system: You are a helpful assistant.
user:
Analyze the provided spectrum to determine if it is a **M-type Giant (gM)**.

A M-type Giant spectrum is defined by its **strong molecular absorption** features, particularly from **Titanium Oxide (TiO)**. You must check for one of the following mutually exclusive signatures:

- **Key Visual Indicators (Absorption-Dominated Spectrum):**

    - **(Primary):** The spectrum is dominated by strong molecular absorption from **Titanium Oxide (TiO)**. This is the **defining feature** of its M-type temperature class.
        - **(Key Bandheads):** Look for sharp, "saw-tooth" absorption valleys. The strongest are located near **~7050 Å**, **~6160 Å**, and **~5170 Å**.
        - **(Line Profile):** The "saw-tooth" morphology is critical: a **sharp, steep drop on the BLUE (short-wavelength) side** of the bandhead, followed by a gradual recovery (rising flux) towards the RED (long-wavelength) side.

    - **(Key Confirmation - Giant vs. Dwarf):** **ABSENCE** of strong **Calcium Hydride (CaH)** molecular bands. This is the primary diagnostic for *excluding* M-dwarfs.
        - **(Key Region):** The spectrum should lack the strong, broad absorption band seen in dwarfs between **~6800 Å and ~7000 Å**.

    - **(Secondary Confirmation - Giant):** A very strong and broad **Neutral Calcium (Ca I)** atomic absorption line.
        - **(Key Line):** Located at **~4226 Å**. In a giant (gM), this line is significantly deeper and broader than the same line in an M-dwarf (dM) due to low surface gravity.

    - **(Overall Spectrum):**
        - The continuum is **extremely red-sloping** (i.e., flux is very low in the blue and rises dramatically towards the red).
        - The entire spectrum appears "chopped up" by the deep TiO bands.

Think first, call **spectral_visualization_tool** if needed to examine features in detail, then provide your final answer. Your response must adhere to the following strict rules:
1.  **Overall Structure:** Your response must follow the format `<think>...</think> <tool_call>...</tool_call> (if a tool is used) <answer>...</answer>`.
2.  **Tool Usage Constraint:** You may only make **one** tool call per turn.
3.  **Final Answer Format:** In the `<answer>` tag, your conclusion must be inside a `\boxed{}` command (e.g., `\boxed{YES}` or `\boxed{NO}`), followed by your justification.

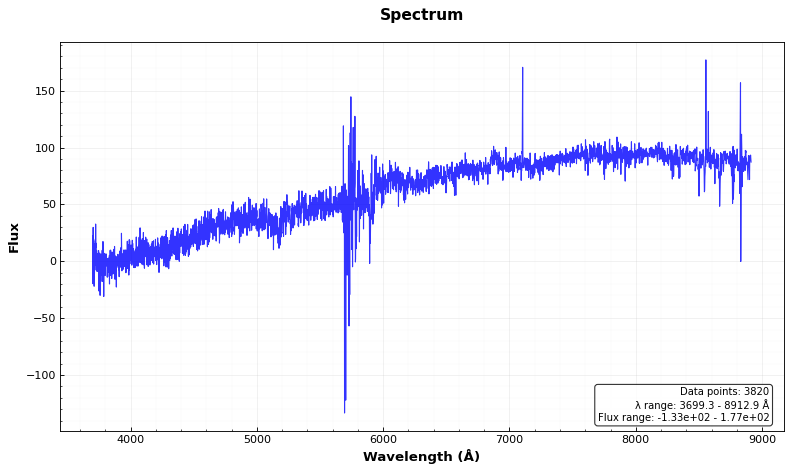
Answer: NO